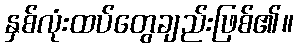
နှစ်လုံးထပ်တွေချည်းဖြစ်၏။